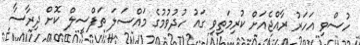
ހުސްވި އަހަރު ރާއްޖެއަށް ކުރިމަތިވި ގައު ހުދުވުމުގެ މައްސަލަ ތަފްސީލް ކޮށް ދިރާސާ